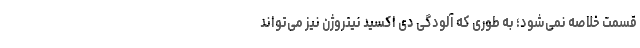
قسمت خلاصه نمی‌شود؛ به طوری که آلودگی دی اکسید نیتروژن نیز می‌تواند